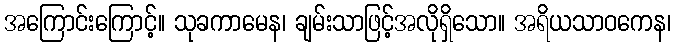
အကြောင်းကြောင့်။ သုခကာမေန၊ ချမ်းသာဖြင့်အလိုရှိသော။ အရိယသာဝကေန၊